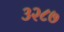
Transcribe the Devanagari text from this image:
३२८७